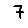
Digit: 7